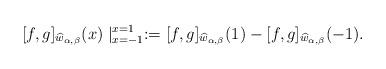
LaTeX: \begin{align*}\lbrack f,g]_{\widehat{w}_{\alpha,\beta}}(x)\mid_{x=-1}^{x=1}:=[f,g]_{\widehat{w}_{\alpha,\beta}}(1)-[f,g]_{\widehat{w}_{\alpha,\beta}}(-1).\end{align*}